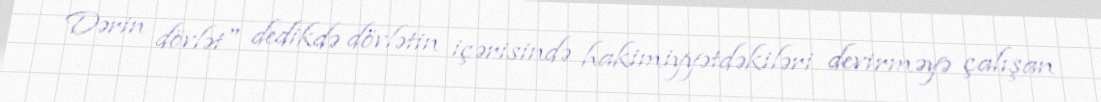
Dərin dövlət" dedikdə dövlətin içərisində hakimiyyətdəkiləri devirməyə çalışan